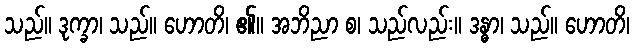
သည်။ ဒုက္ခာ၊ သည်။ ဟောတိ၊ ၏။ အဘိညာ စ၊ သည်လည်း။ ဒန္ဓာ၊ သည်။ ဟောတိ၊